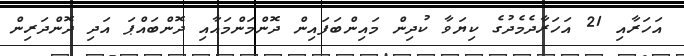
އަހަރާއި 21 އަހަރާދެމެދުގެ ކިޔަވާ ކުދިން މައިންބަފައިން ދޮންމަންމައާއި ދޮންބައްޕަ އަދި ދޮންދަރިން